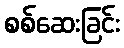
စစ်ဆေးခြင်း